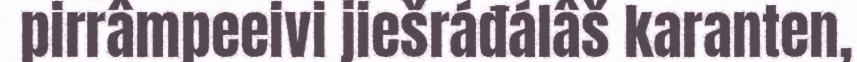
pirrâmpeeivi jiešráđálâš karanten,